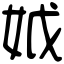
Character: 𡛟